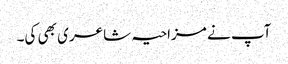
آپ نے مزاحیہ شاعری بھی کی۔